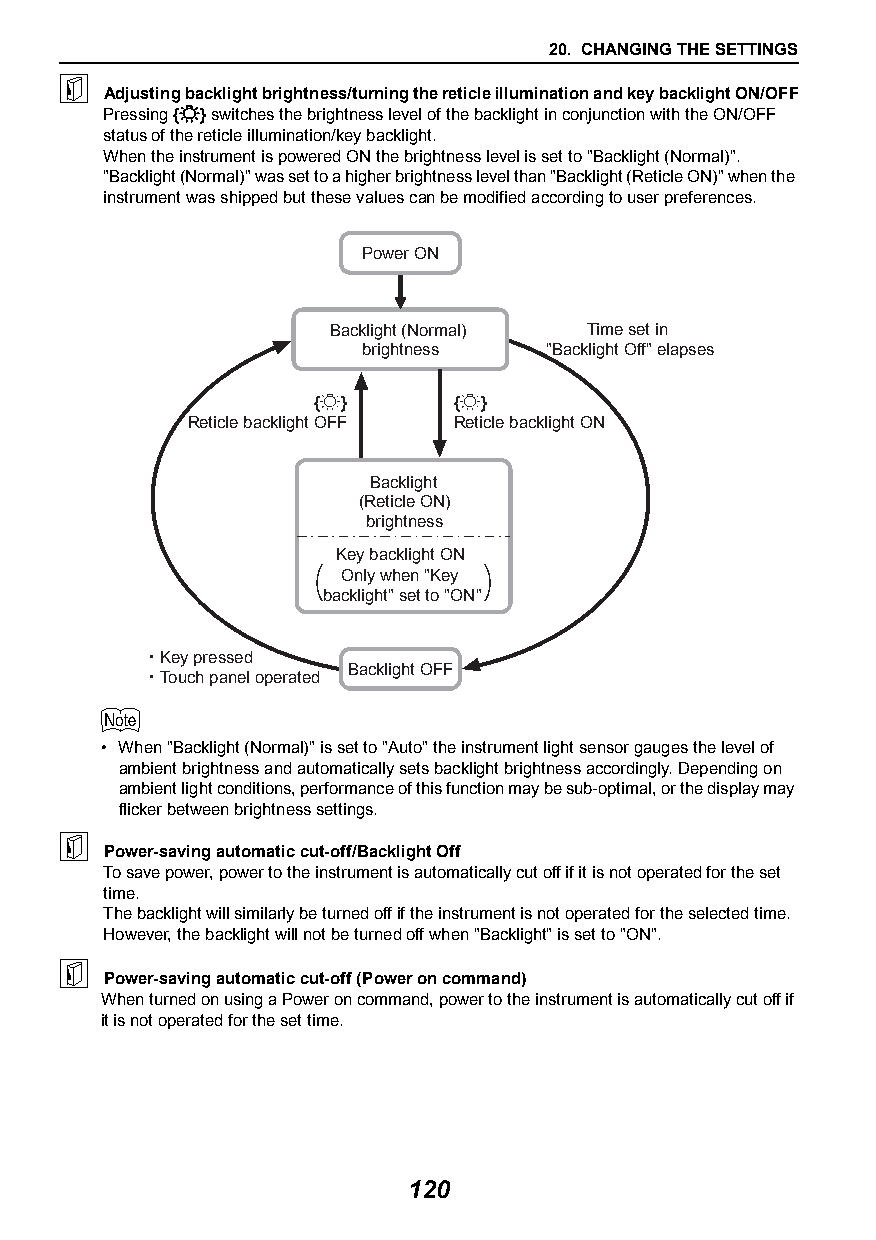
20. CHANGING THE SETTINGS
 
 Adjusting backlight brightness/turning the reticle illumination and key backlight ON/OFF
 Pressing {} switches the brightness level of the backlight in conjunction with the ON/OFF
 status of the reticle illumination/key backlight.
 When the instrument is powered ON the brightness level is set to "Backlight (Normal)".
 "Backlight (Normal)" was set to a higher brightness level than "Backlight (Reticle ON)" when the
 instrument was shipped but these values can be modified according to user preferences.
 Power ON
 Backlight (Normal) Time set in
 brightness  "Backlight Off" elapses
 {}      {}
 Reticle backlight OFF Reticle backlight ON
 Backlight
 (Reticle ON)
 brightness
 Key backlight ON
 Only when "Key
 backlight" set to "ON"
 Key pressed
 Backlight OFF
 Touch panel operated
 
 • When "Backlight (Normal)" is set to "Auto" the instrument light sensor gauges the level of
 ambient brightness and automatically sets backlight brightness accordingly. Depending on
 ambient light conditions, performance of this function may be sub-optimal, or the display may
 flicker between brightness settings.
 
 Power-saving automatic cut-off/Backlight Off
 To save power, power to the instrument is automatically cut off if it is not operated for the set
 time.
 The backlight will similarly be turned off if the instrument is not operated for the selected time.
 However, the backlight will not be turned off when "Backlight" is set to "ON".
 
 Power-saving automatic cut-off (Power on command)
 When turned on using a Power on command, power to the instrument is automatically cut off if
 it is not operated for the set time.
 120